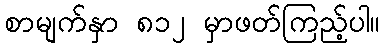
စာမျက်နှာ ၈၁၂ မှာဖတ်ကြည့်ပါ။